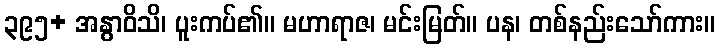
၃၉၅+ အနွာဝိသိ၊ ပူးကပ်၏။ မဟာရာဇ၊ မင်းမြတ်။ ပန၊ တစ်နည်းသော်ကား။